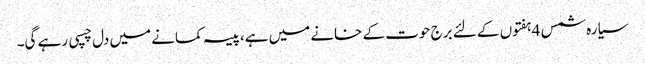
سیارہ شمس 4ہفتوں کے لئے برج حوت کے خانے میں ہے،پیسہ کمانے میں دل چسپی رہے گی۔